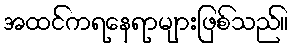
အထင်ကရနေရာများဖြစ်သည်။